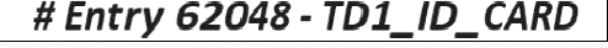
# Entry 62048 - TD1_ID_CARD